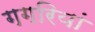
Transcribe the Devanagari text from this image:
गगरियां